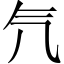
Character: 氕